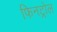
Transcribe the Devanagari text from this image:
फिनट्रोल